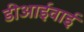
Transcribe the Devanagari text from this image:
डीआईवाई